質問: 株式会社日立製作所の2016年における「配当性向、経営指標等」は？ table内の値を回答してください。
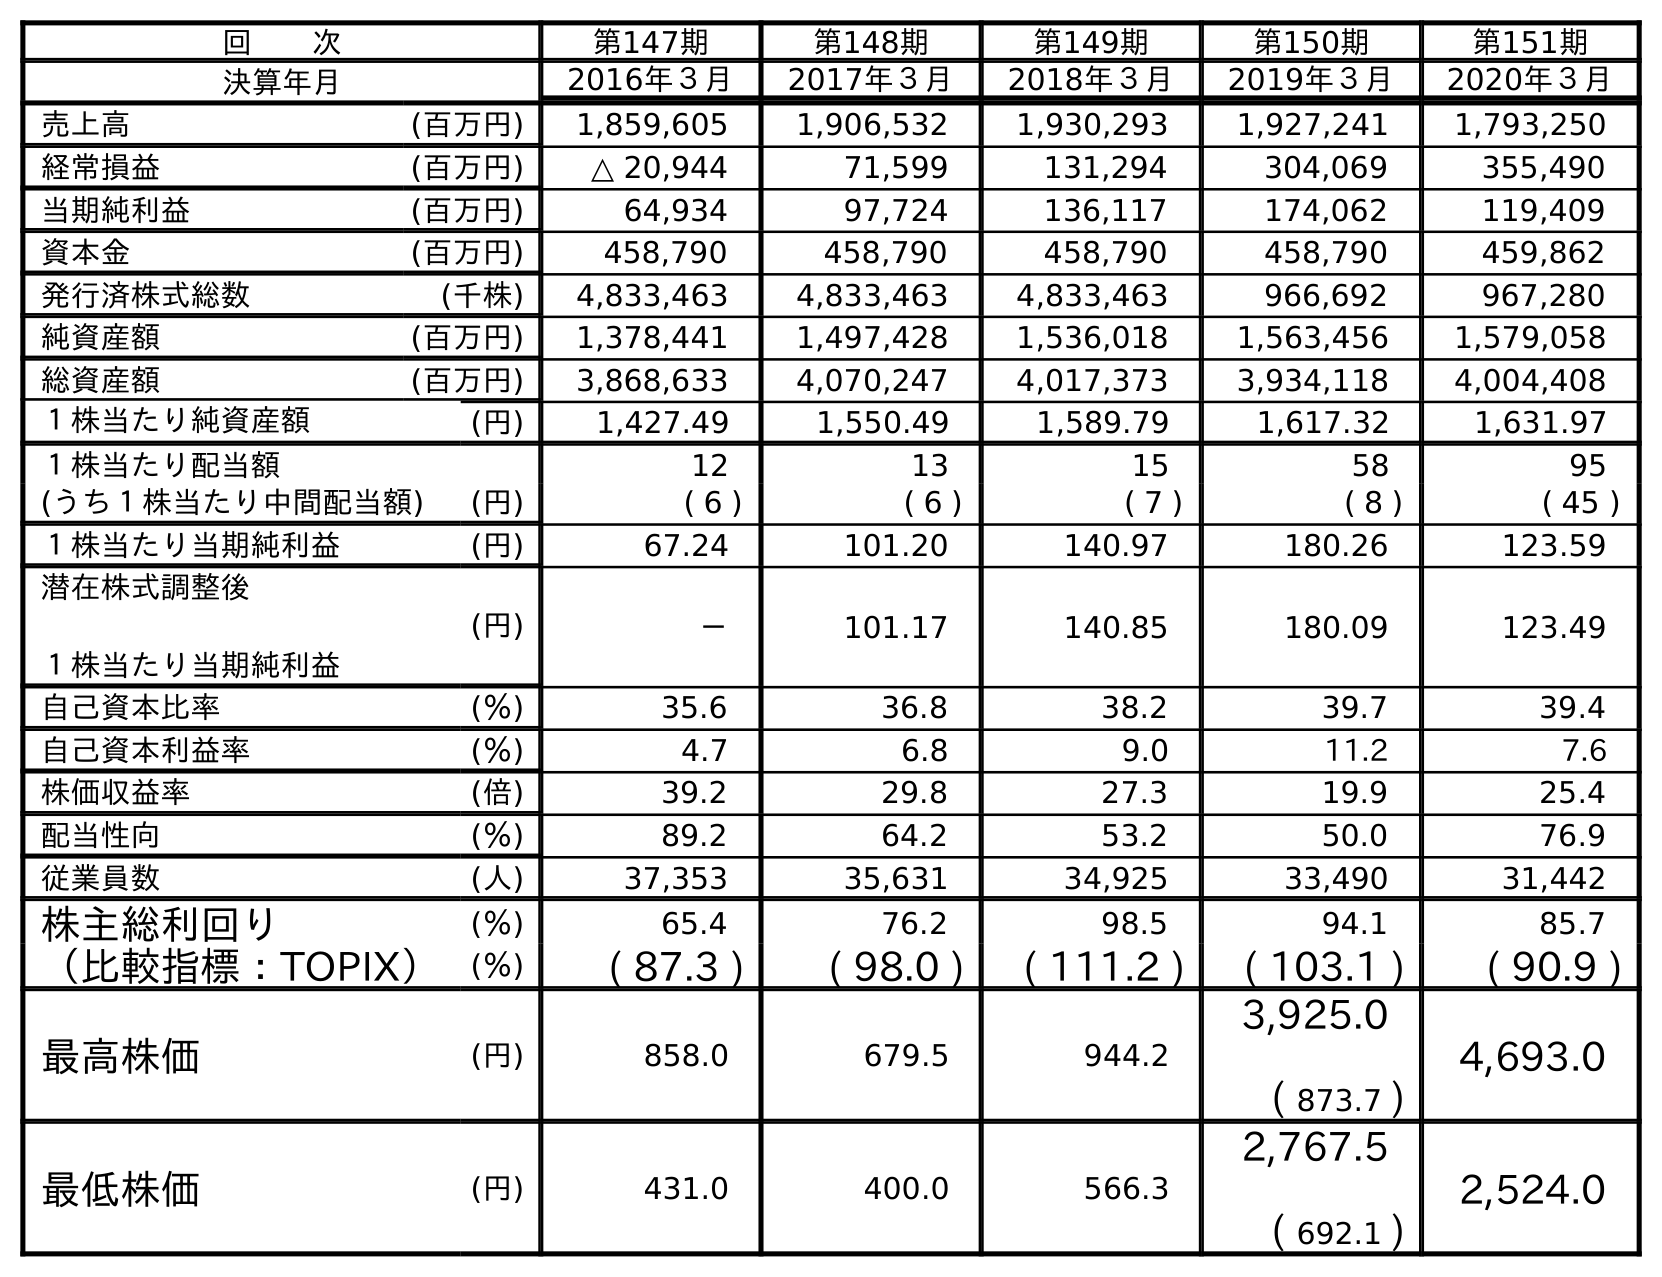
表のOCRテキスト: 回  次 第147期 第148期 第149期 第150期 第151期 決算年月 2016年３月 2017年３月 2018年３月 2019年３月 2020年３月 売上高 (百万円) 1,859,605 1,906,532 1,930,293 1,927,241 1,793,250 経常損益 (百万円) △ 20,944 71,599 131,294 304,069 355,490 当期純利益 (百万円) 64,934 97,724 136,117 174,062 119,409 資本金 (百万円) 458,790 458,790 458,790 458,790 459,862 発行済株式総数 (千株) 4,833,463 4,833,463 4,833,463 966,692 967,280 純資産額 (百万円) 1,378,441 1,497,428 1,536,018 1,563,456 1,579,058 総資産額 (百万円) 3,868,633 4,070,247 4,017,373 3,934,118 4,004,408 １株当たり純資産額 (円) 1,427.49 1,550.49 1,589.79 1,617.32 1,631.97 １株当たり配当額 12 13 15 58 95 (うち１株当たり中間配当額) (円) ( 6 ) ( 6 ) ( 7 ) ( 8 ) ( 45 ) １株当たり当期純利益 (円) 67.24 101.20 140.97 180.26 123.59 潜在株式調整後 １株当たり当期純利益 (円) － 101.17 140.85 180.09 123.49 自己資本比率 (％) 35.6 36.8 38.2 39.7 39.4 自己資本利益率 (％) 4.7 6.8 9.0 11.2 7.6 株価収益率 (倍) 39.2 29.8 27.3 19.9 25.4 配当性向 (％) 89.2 64.2 53.2 50.0 76.9 従業員数 (人) 37,353 35,631 34,925 33,490 31,442 株主総利回り (％) 65.4 76.2 98.5 94.1 85.7 （比較指標：TOPIX） (％) ( 87.3 ) ( 98.0 ) ( 111.2 ) ( 103.1 ) ( 90.9 ) 最高株価 (円) 858.0 679.5 944.2 3,925.0 ( 873.7 ) 4,693.0 最低株価 (円) 431.0 400.0 566.3 2,767.5 ( 692.1 ) 2,524.0
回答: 89.2